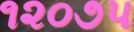
૧૨૦૭૫